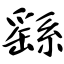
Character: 繇